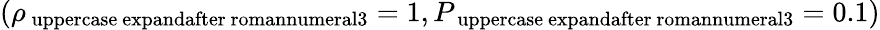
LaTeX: (\rho_{\mathrm{\ uppercase\ expandafter{\ romannumeral3}}}=1,P_{\mathrm{\ uppercase\ expandafter{\ romannumeral3}}}=0.1)